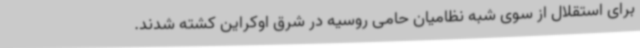
برای استقلال از سوی شبه نظامیان حامی روسیه در شرق اوکراین کشته شدند.